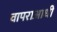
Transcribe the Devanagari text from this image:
वापराआधी